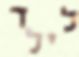
לילד